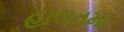
હાલતમા